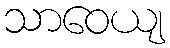
သာဝေယျ